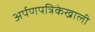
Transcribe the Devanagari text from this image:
अर्पणपत्रिकेखाली